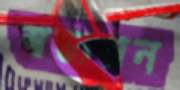
স্বস্ত্যয়ন